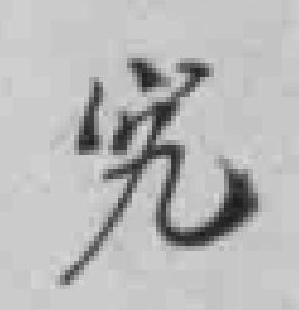
究